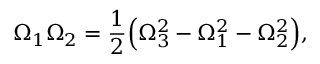
\Omega _ { 1 } \Omega _ { 2 } = \frac { 1 } { 2 } \Big ( \Omega _ { 3 } ^ { 2 } - \Omega _ { 1 } ^ { 2 } - \Omega _ { 2 } ^ { 2 } \Big ) ,